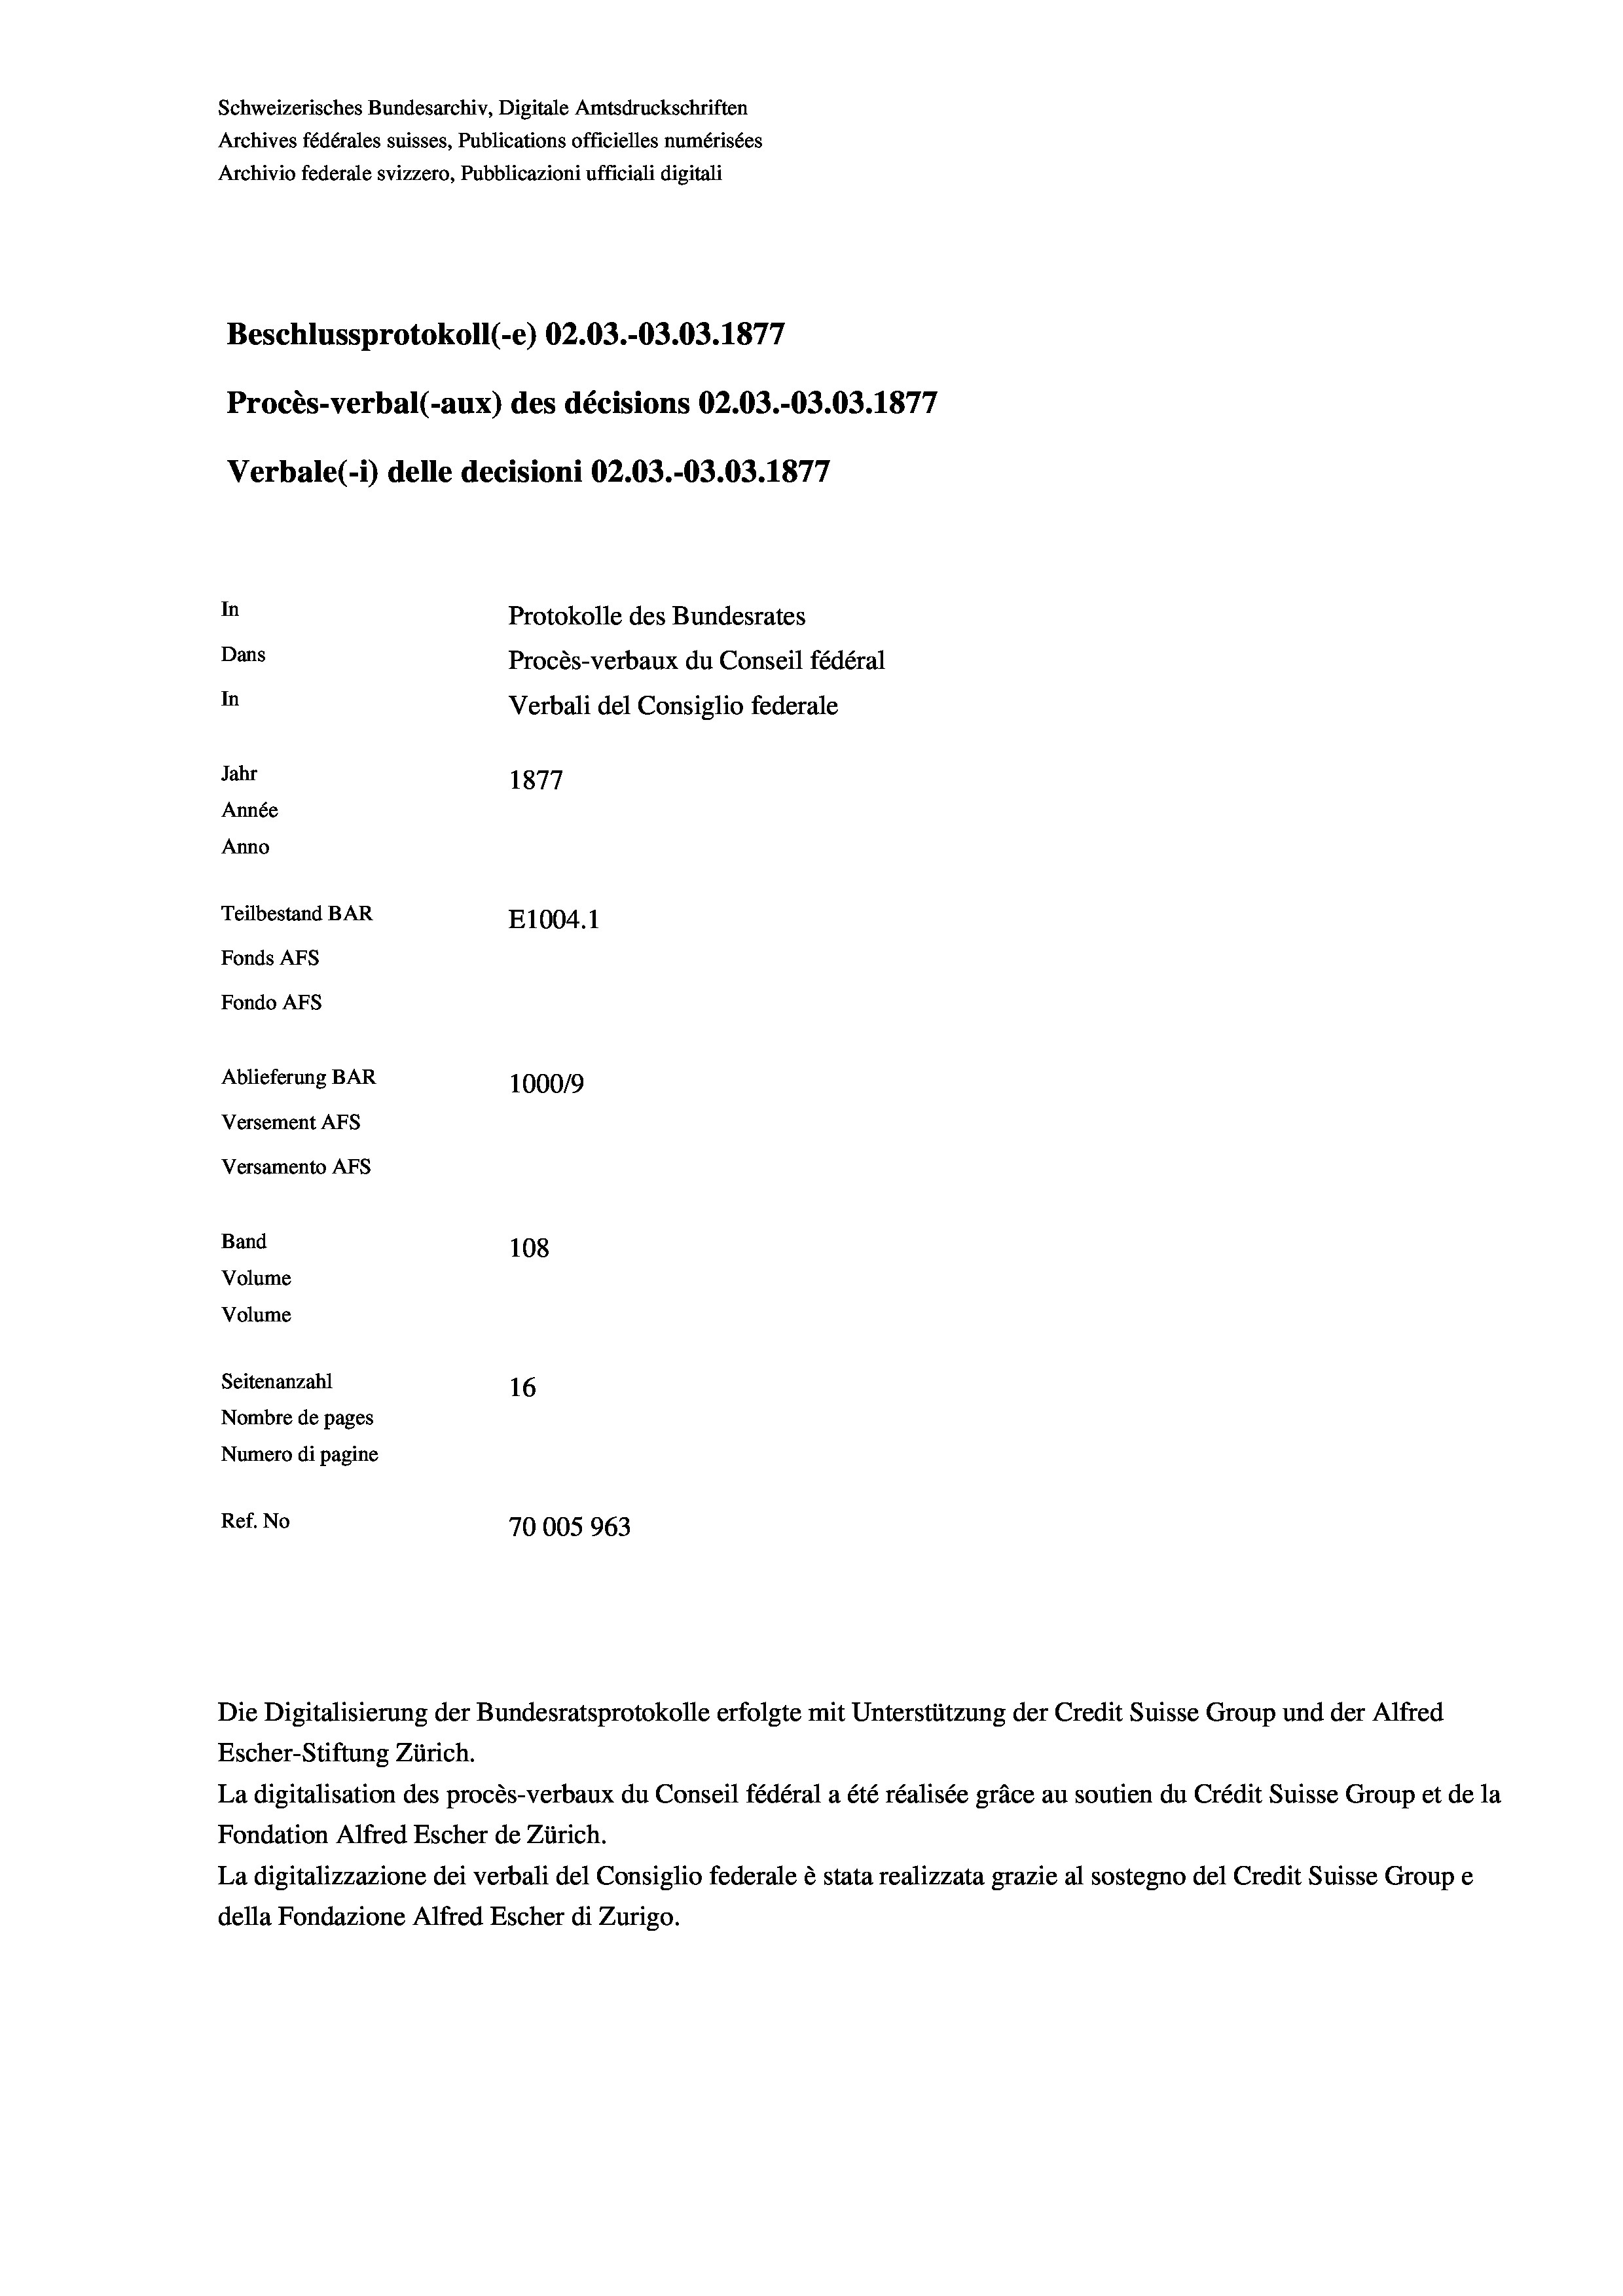
Schweizerisches Bundesarchiv, Digitale Amtsdruckschriften
Archives fédérales suisses, Publications officielles numérisées
Archivio federale svizzero, Pubblicazioni ufficiali digitali
Beschlussprotokoll (-e) 02.03.-03.03. 1877
Procès-verbal (-aux) des décisions 02.03.-03.03. 1877
Verbale(*) delle decisioni 02.03.-03.03. 1877
In
Protokolle des Bundesrates
Dans
Procès-verbaux du Conseil fédéral
In
Verbali del Consiglio federale
Jahr
1877
Année
Anno
Teilbestand BAR
E1004. 1
Fonds AFs
Fondo AFS
Ablieferung BAR
100019
Versement AFs
Versamento Afs
Band
108
Volume
Volume
Seitenanzahl
16
Nombre de pages
Numero di pagine

Ref. No
70005 963

Die Digitalisierung der Bundesratsprotokolle erfolgte mit Unterstützung der Credit Suisse Group und der Alfred
Escher-Stiftung Zürich.
La digitalisation des procès-verbaux du Conseil fédéral a été réalisée gräce au soutien du Crédit Suisse Group et de la
Fondation Alfred Escher de Zürich.
La digitalizzazione dei verbali del Consiglio federale è stata realizzata grazie al sostegno del Credit Suisse Groupe
della Fondazione Alfred Escher di Zurigo.